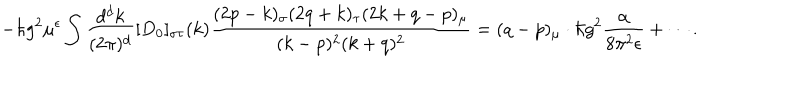
LaTeX: - \hbar g ^ { 2 } \mu ^ { \epsilon } \int \frac { d ^ { d } k } { ( 2 \pi ) ^ { d } } [ D _ { 0 } ] _ { \sigma \tau } ( k ) \frac { ( 2 p - k ) _ { \sigma } ( 2 q + k ) _ { \tau } ( 2 k + q - p ) _ { \mu } } { ( k - p ) ^ { 2 } ( k + q ) ^ { 2 } } = ( q - p ) _ { \mu } \cdot \hbar g ^ { 2 } \frac { \alpha } { 8 \pi ^ { 2 } \epsilon } + \cdots .